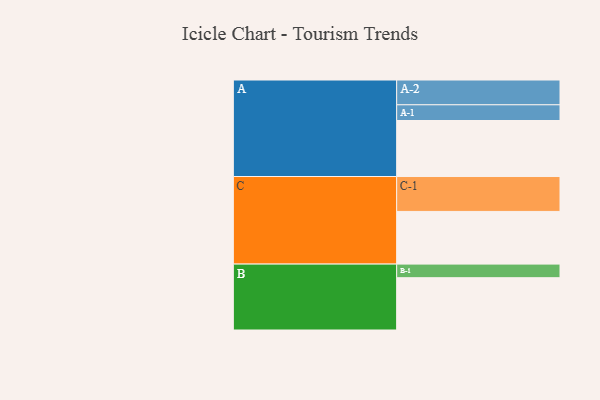
{"axis": {"x": "Segment", "y": "Value"}, "legend": ["", "A", "B", "C"], "data": [{"x": "A", "y": 470, "type": ""}, {"x": "B", "y": 439, "type": ""}, {"x": "C", "y": 442, "type": ""}, {"x": "A-1", "y": 132, "type": "A"}, {"x": "A-2", "y": 208, "type": "A"}, {"x": "B-1", "y": 114, "type": "B"}, {"x": "C-1", "y": 293, "type": "C"}]}